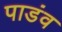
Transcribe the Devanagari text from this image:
पाडंव